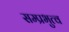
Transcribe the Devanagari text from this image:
सम्प्रभुत्व